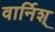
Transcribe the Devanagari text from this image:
वार्निश्